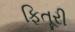
ફિતૂરી